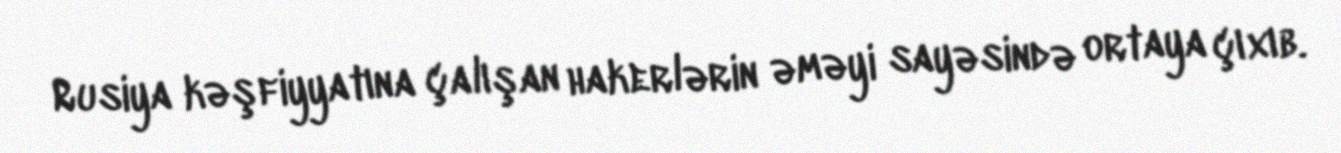
Rusiya kəşfiyyatına çalışan hakerlərin əməyi sayəsində ortaya çıxıb.